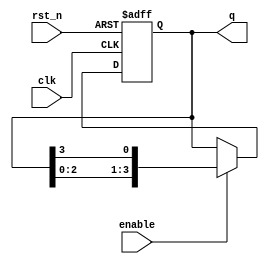
module ring_counter #(parameter N = 4) (
    input wire clk,          // Clock input
    input wire rst_n,       // Active-low reset
    input wire enable,      // Enable signal
    output reg [N-1:0] q    // Output of the ring counter
);

    // Initialize the counter
    initial begin
        q = 1'b1; // Start with the least significant bit set to '1'
    end

    always @(posedge clk or negedge rst_n) begin
        if (!rst_n) begin
            // Reset the counter to initial state
            q <= 1'b1; // Reset the first flip-flop to '1'
        end else if (enable) begin
            // Shift the '1' through the stages
            q <= {q[N-2:0], q[N-1]}; // Rotate right
        end
    end
endmodule